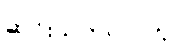
ဆင်းသက်လာသူ